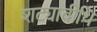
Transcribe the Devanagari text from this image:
शट्यावीथि